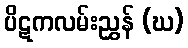
ပိဋကလမ်းညွှန် (ဃ)